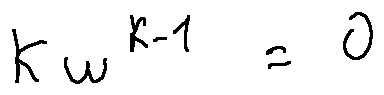
k w ^ { k - 1 } = 0